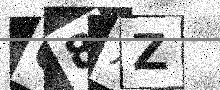
Text: 08XZ